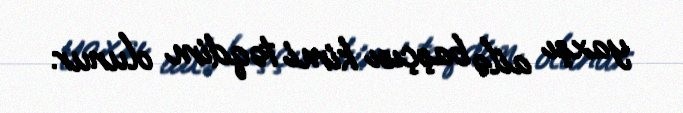
yaxşı ailə başçısı kimi təqdim olunur.